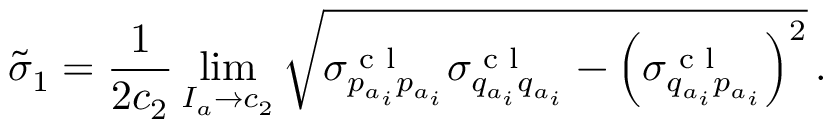
\tilde { \sigma } _ { 1 } = \frac { 1 } { 2 c _ { 2 } } \operatorname* { l i m } _ { I _ { a } \to c _ { 2 } } \sqrt { \sigma _ { p _ { a _ { i } } p _ { a _ { i } } } ^ { \textrm { c l } } \sigma _ { q _ { a _ { i } } q _ { a _ { i } } } ^ { \textrm { c l } } - \left( \sigma _ { q _ { a _ { i } } p _ { a _ { i } } } ^ { \textrm { c l } } \right) ^ { 2 } } \, .